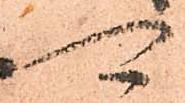
可